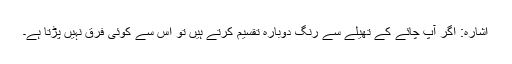
اشارہ: اگر آپ چائے کے تھیلے سے رنگ دوبارہ تقسیم کرتے ہیں تو اس سے کوئی فرق نہیں پڑتا ہے۔